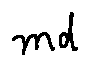
m d